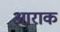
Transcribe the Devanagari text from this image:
आराक